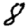
Digit: 8